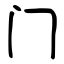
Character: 门